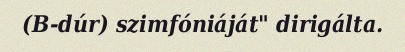
(B-dúr) szimfóniáját" dirigálta.